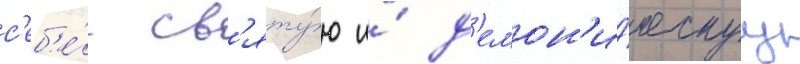
с'еб'е́ св'яту́ю и́ д'емон'и́ческуу